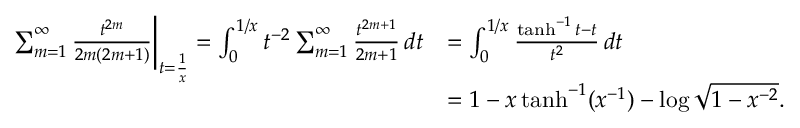
\begin{array} { r l } { \sum _ { m = 1 } ^ { \infty } \frac { t ^ { 2 m } } { 2 m ( 2 m + 1 ) } \bigg | _ { t = \frac { 1 } { x } } = \int _ { 0 } ^ { 1 / x } t ^ { - 2 } \sum _ { m = 1 } ^ { \infty } \frac { t ^ { 2 m + 1 } } { 2 m + 1 } \, d t } & { = \int _ { 0 } ^ { 1 / x } \frac { \operatorname { t a n h } ^ { - 1 } { t } - t } { t ^ { 2 } } \, d t } \\ & { = 1 - x \operatorname { t a n h } ^ { - 1 } ( x ^ { - 1 } ) - \log { \sqrt { 1 - x ^ { - 2 } } } . } \end{array}